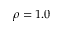
\rho = 1 . 0